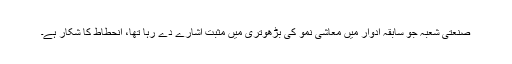
صنعتی شعبہ جو سابقہ ادوار میں معاشی نمو کی بڑھوتری میں مثبت اشارے دے رہا تھا، انحطاط کا شکار ہے۔